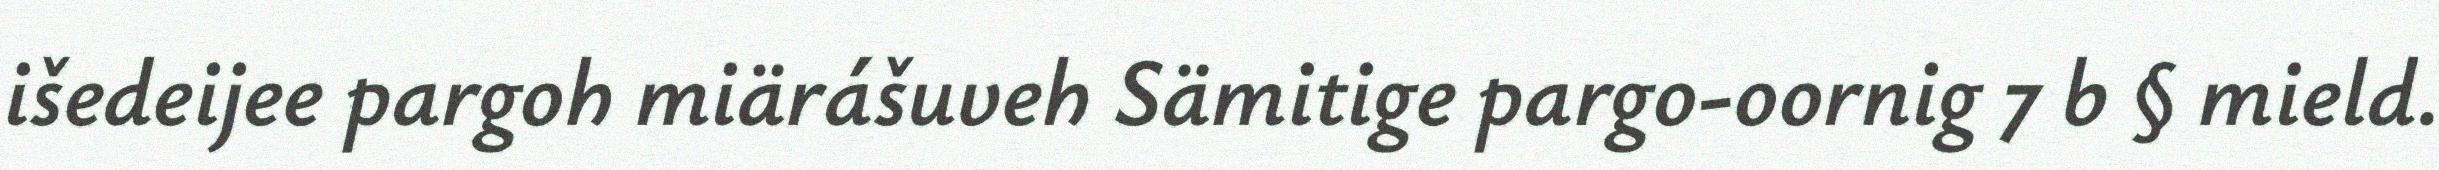
išedeijee pargoh miärášuveh Sämitige pargo-oornig 7 b § mield.